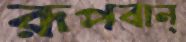
রূপবান্‌